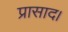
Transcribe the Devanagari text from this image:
प्रासाद।